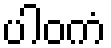
ပါဝကံ